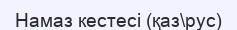
Намаз кестесі (қаз\рус)